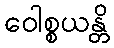
ဝေါစ္စယန္တိ